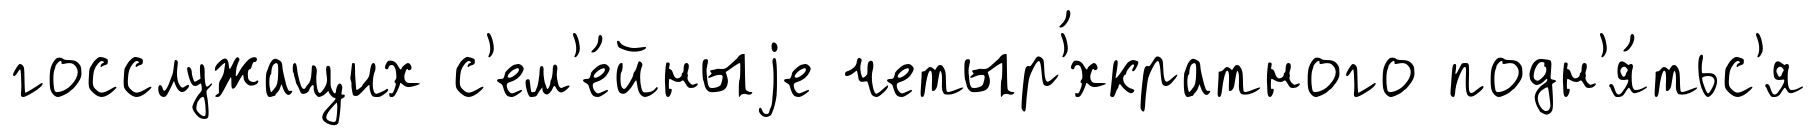
госслужащих с'ем'е́йныjе четыр'́хкратного подн'я́тьс'я